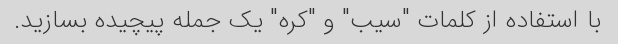
با استفاده از کلمات "سیب" و "کره" یک جمله پیچیده بسازید.